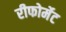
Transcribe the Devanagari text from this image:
रीफोर्मेट